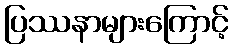
ပြဿနာများကြောင့်